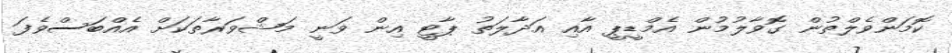
ކޮމަންވެލްތުން ގޮވާލުމުން އެމްޑީޕީ އާއި އަދާލަތު ޕާޓީ އިން ވަނީ މަޝްވަރާތަކަށް އެއްބަސްވެފަ